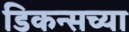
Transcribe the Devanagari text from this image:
डिकन्सच्या